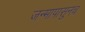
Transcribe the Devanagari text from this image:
जन्मापासुनच